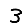
Digit: 3